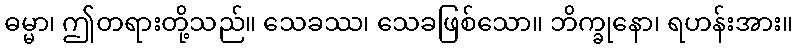
ဓမ္မာ၊ ဤတရားတို့သည်။ သေခဿ၊ သေခဖြစ်သော။ ဘိက္ခုနော၊ ရဟန်းအား။